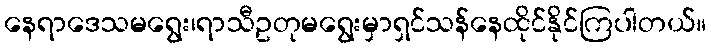
နေရာဒေသမရွေး၊ရာသီဥတုမရွေးမှာရှင်သန်နေထိုင်နိုင်ကြပါတယ်။